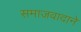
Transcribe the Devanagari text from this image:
समाजवादाने